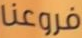
فروعنا